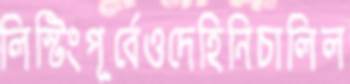
লিস্টিংপূর্বেওদেহিনিচালিল